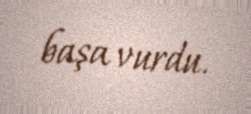
başa vurdu.